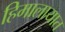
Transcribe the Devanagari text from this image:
हिमालायात